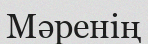
Мәренің